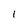
Character: 1